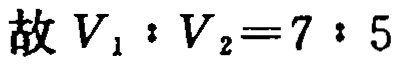
故 \(V_{1}:V_{2}=7:5\)